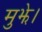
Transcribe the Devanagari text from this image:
मुझे।